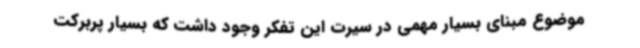
موضوع مبنای بسیار مهمی در سیرت این تفکر وجود داشت که بسیار پربرکت